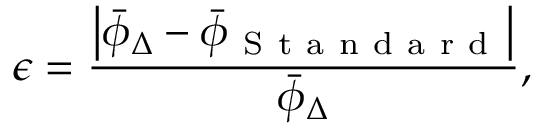
\epsilon = \frac { \left| \bar { \phi } _ { \Delta } - \bar { \phi } _ { \mathrm { ~ S ~ t ~ a ~ n ~ d ~ a ~ r ~ d ~ } } \right| } { \bar { \phi } _ { \Delta } } ,